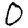
Digit: 0